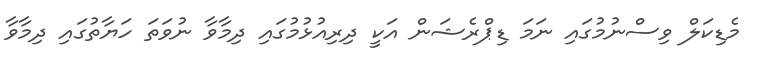
މެޑިކަލް ވިސްނުމުގައި ނަމަ ޑިޕްރެޝަން އަކީ ދިރިއުޅުމުގައި ދިމާވާ ނުވަތަ ހަޔާތުގައި ދިމާވާ